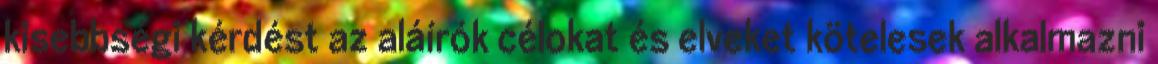
kisebbségi kérdést az aláírók célokat és elveket kötelesek alkalmazni